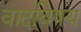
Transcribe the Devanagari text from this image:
वादविषय